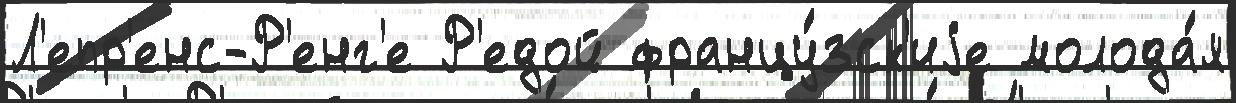
Л'епр'енс-Р'енг'е Р'едой францу́зск'иjе молода́я